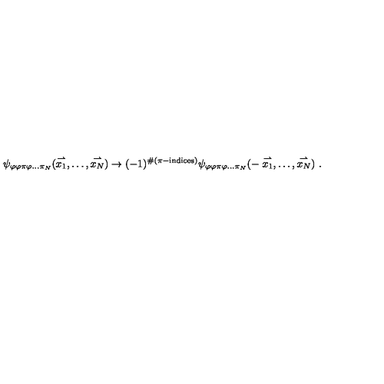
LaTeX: \psi _ { \varphi \varphi \pi \varphi \ldots \pi _ { N } } ( \stackrel { \rightharpoonup } { x _ { 1 } } , \ldots , \stackrel { \rightharpoonup } { x _ { N } } ) \rightarrow ( - 1 ) ^ { \# ( \pi - \mathrm { i n d i c e s } ) } \psi _ { \varphi \varphi \pi \varphi \ldots \pi _ { N } } ( - \stackrel { \rightharpoonup } { x _ { 1 } } , \ldots , \stackrel { \rightharpoonup } { x _ { N } } ) \ .